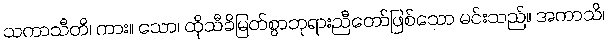
သကာသီတိ၊ ကား။ သော၊ ထိုသီခိမြတ်စွာဘုရားညီတော်ဖြစ်သော မင်းသည်။ အကာသိ၊